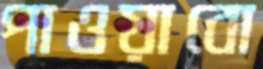
পাওয়াবো